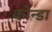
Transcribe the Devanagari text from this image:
कोन्डा